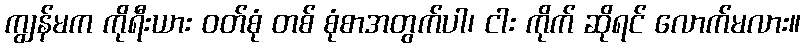
ကျွန်မက ကိုရီးယား ဝတ်စုံ တစ် စုံစာအတွက်ပါ၊ ငါး ကိုက် ဆိုရင် လောက်မလား။